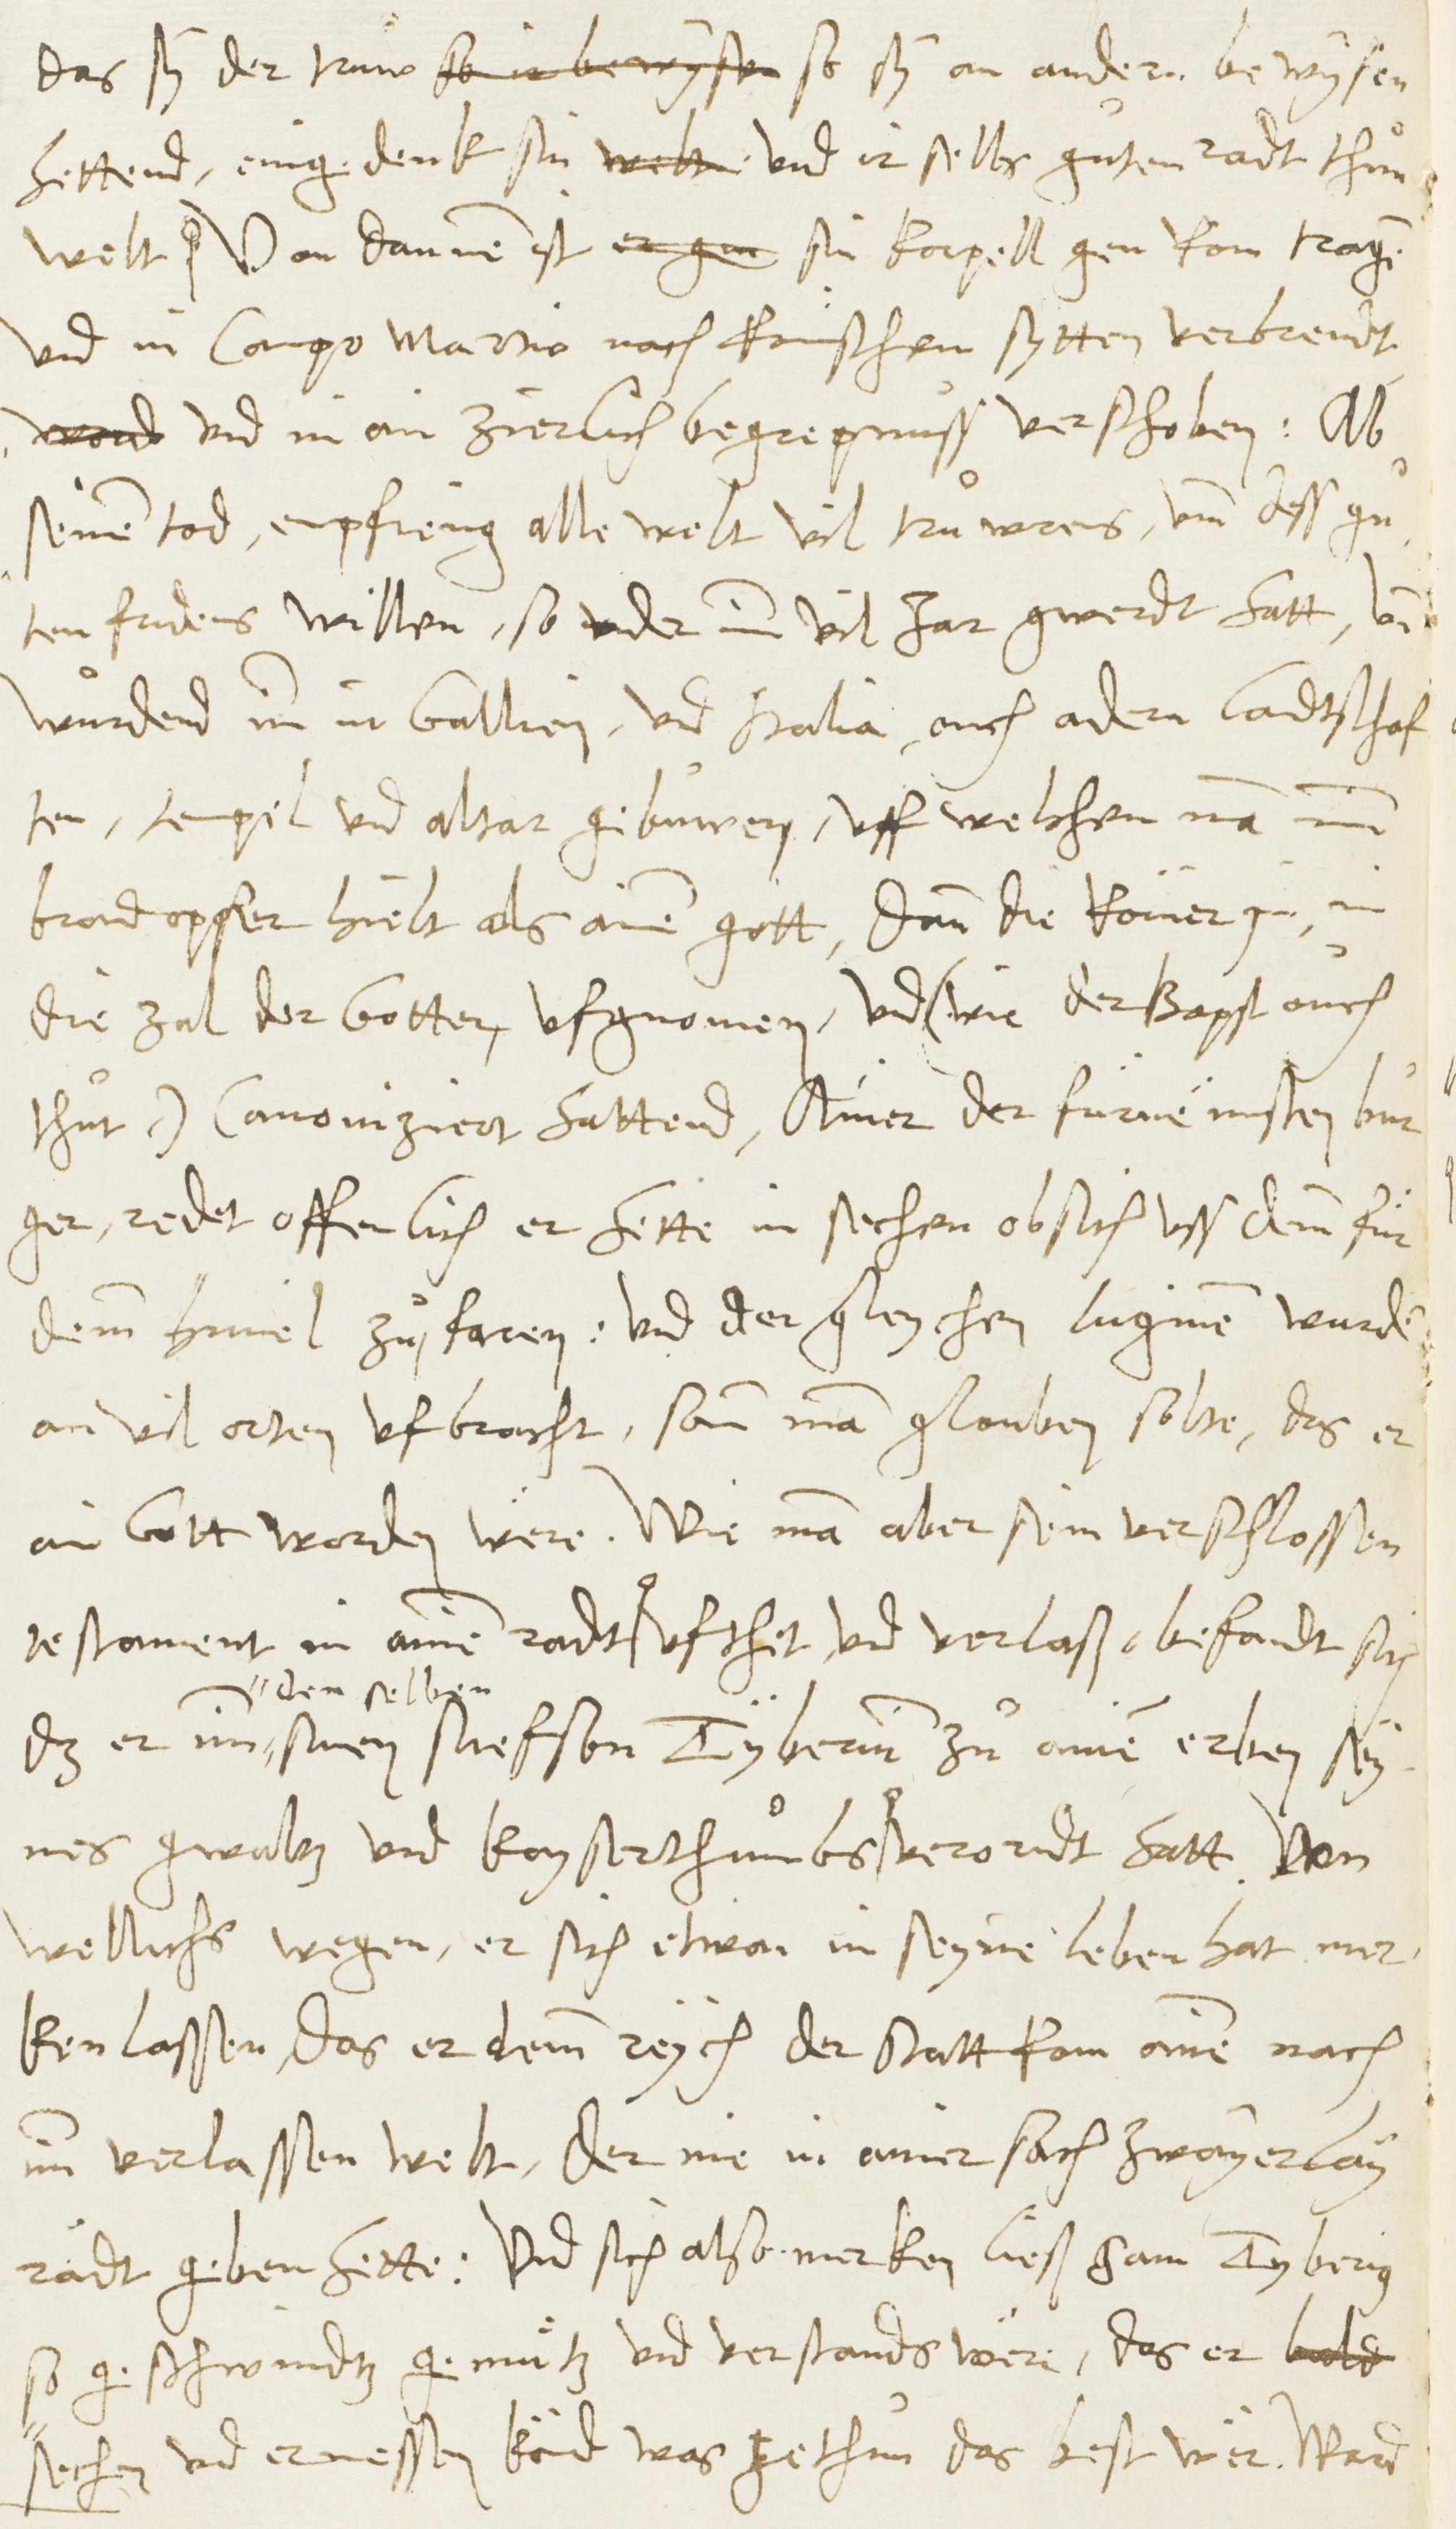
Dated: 1545–1546